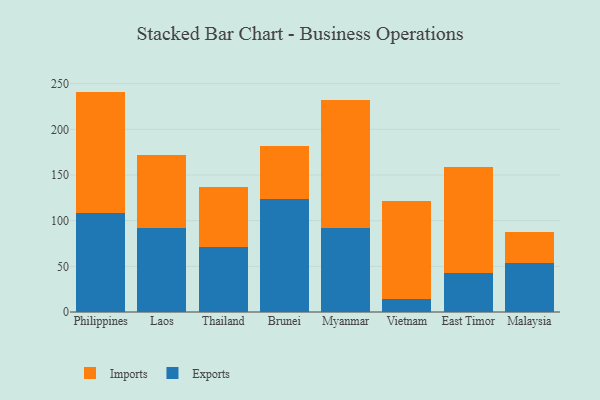
{"axis": {"x": "Country", "y": "Backlog"}, "legend": ["Exports", "Imports"], "data": [{"x": "Philippines", "y": 108.1, "type": "Exports"}, {"x": "Philippines", "y": 133.2, "type": "Imports"}, {"x": "Laos", "y": 92.0, "type": "Exports"}, {"x": "Laos", "y": 79.6, "type": "Imports"}, {"x": "Thailand", "y": 71.0, "type": "Exports"}, {"x": "Thailand", "y": 66.3, "type": "Imports"}, {"x": "Brunei", "y": 123.6, "type": "Exports"}, {"x": "Brunei", "y": 57.6, "type": "Imports"}, {"x": "Myanmar", "y": 91.8, "type": "Exports"}, {"x": "Myanmar", "y": 140.5, "type": "Imports"}, {"x": "Vietnam", "y": 14.4, "type": "Exports"}, {"x": "Vietnam", "y": 107.6, "type": "Imports"}, {"x": "East Timor", "y": 42.4, "type": "Exports"}, {"x": "East Timor", "y": 116.7, "type": "Imports"}, {"x": "Malaysia", "y": 53.3, "type": "Exports"}, {"x": "Malaysia", "y": 34.4, "type": "Imports"}]}